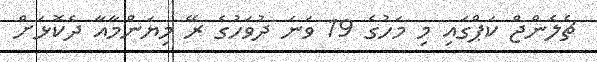
ޗެލެންޖް ކަޕްގައި މި މަހުގެ 19 ވަނަ ދުވަހުގެ ރޭ މިޔަންމާއާ ދެކޮޅަށް